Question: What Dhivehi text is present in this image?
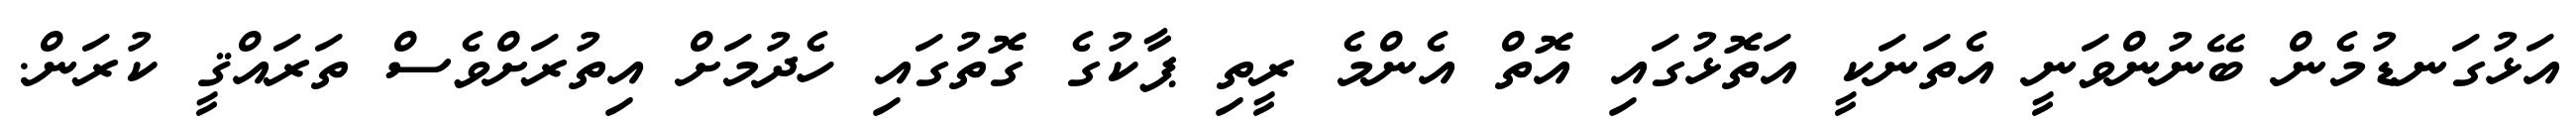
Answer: އަޅުގަނޑުމެން ބޭނުންވަނީ އެތަނަކީ އަތޮޅުގައި އޮތް އެންމެ ރީތި ޕާކުގެ ގޮތުގައި ހެދުމަށް އިތުރަށްވެސް ތަރައްޤީ ކުރަން.